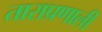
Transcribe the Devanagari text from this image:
ताराप्रणाली